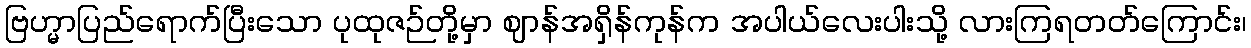
ဗြဟ္မာပြည်ရောက်ပြီးသော ပုထုဇဉ်တို့မှာ ဈာန်အရှိန်ကုန်က အပါယ်လေးပါးသို့ လားကြရတတ်ကြောင်း၊